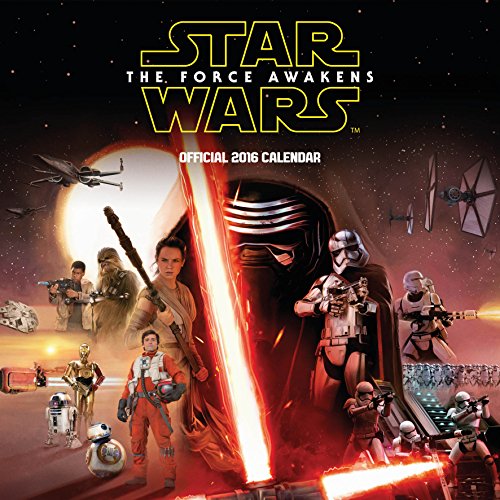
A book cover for The Official Star Wars Episode 7 Movie 2016 Square Calendar; Calendars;